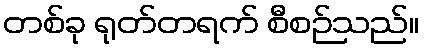
တစ်ခု ရုတ်တရက် စီစဉ်သည်။